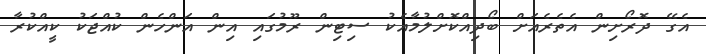
އެގޭ ދޮރޯށިން އެތެރެއަށް ބޯދިއްކޮށްލުމާއެކު ސިޓިން ރޫމުގައި އިން އަންހެން ކުއްޖަކު ކީއްކުރާ